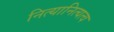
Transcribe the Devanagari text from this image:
नित्यानित्यत्व